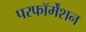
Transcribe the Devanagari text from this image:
परफॉर्मेंशन